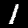
Label: 1